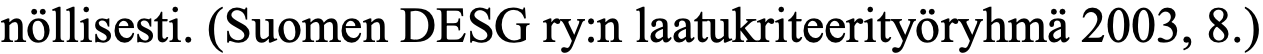
nöllisesti. (Suomen DESG ry:n laatukriteerityöryhmä 2003, 8.)